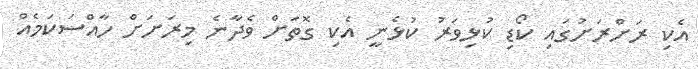
އެކި ރަށްރަށުގައި ކޯޑި ކުޅިވަރު ކުޅެނީ އެކި ގޮތަށް ވެދާނެ މިރަށަށް ހާއްސަކަމެއް